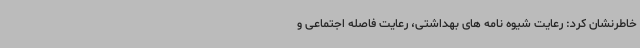
خاطرنشان کرد: رعایت شیوه نامه های بهداشتی، رعایت فاصله اجتماعی و